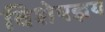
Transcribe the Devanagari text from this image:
विशेषज्ञय